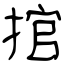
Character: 捾